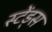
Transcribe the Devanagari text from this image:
स्टेंड्स